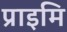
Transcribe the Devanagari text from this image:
प्राइमि